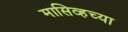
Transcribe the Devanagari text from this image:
मासिव्हच्या